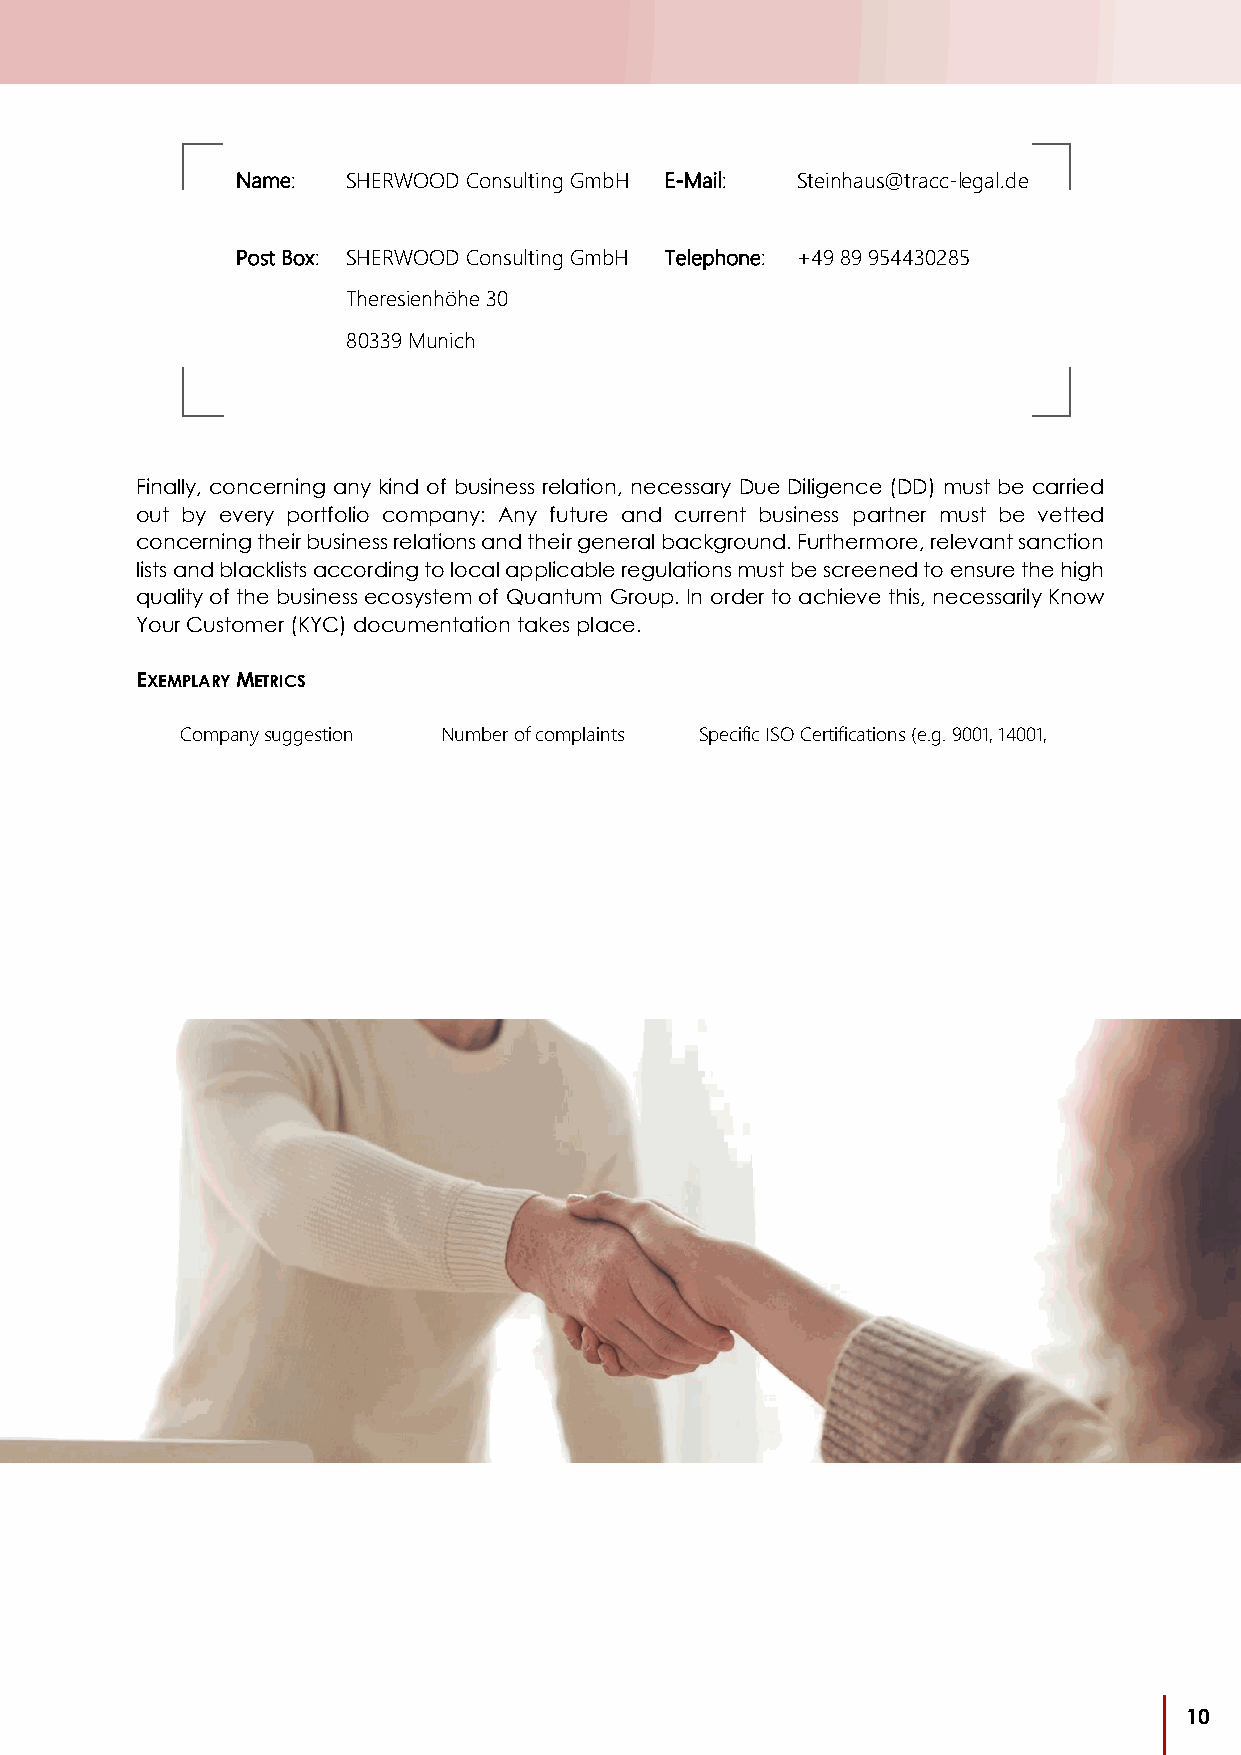
Name:  SHERWOOD Consulting GmbH E-Mail: Steinhaus@tracc-legal.de
 Post Box: SHERWOOD Consulting GmbH Telephone: +49 89 954430285
 Theresienhöhe 30
 80339 Munich
 Finally, concerning any kind of business relation, necessary Due Diligence (DD) must be carried
 out by every portfolio company: Any future and current business partner must be vetted
 concerning their business relations and their general background. Furthermore, relevant sanction
 lists and blacklists according to local applicable regulations must be screened to ensure the high
 quality of the business ecosystem of Quantum Group. In order to achieve this, necessarily Know
 Your Customer (KYC) documentation takes place.
 EXEMPLARY METRICS
 Company suggestion Number of complaints Specific ISO Certifications (e.g. 9001, 14001,
 system                        45001)
 10